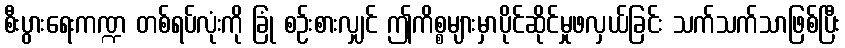
စီးပွားရေးကဏ္ဍ တစ်ရပ်လုံးကို ခြုံ စဉ်းစားလျှင် ဤကိစ္စများမှာပိုင်ဆိုင်မှုဖလှယ်ခြင်း သက်သက်သာဖြစ်ပြီး